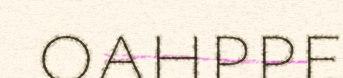
oahppe